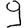
Digit: 9